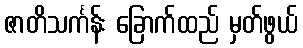
ဇာတိသင်္ကန်း ခြောက်ထည် မှတ်ဖွယ်